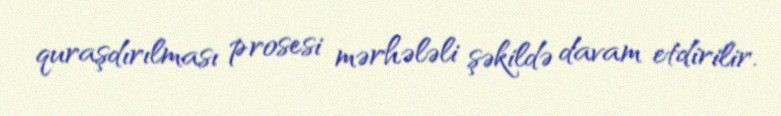
quraşdırılması prosesi mərhələli şəkildə davam etdirilir.